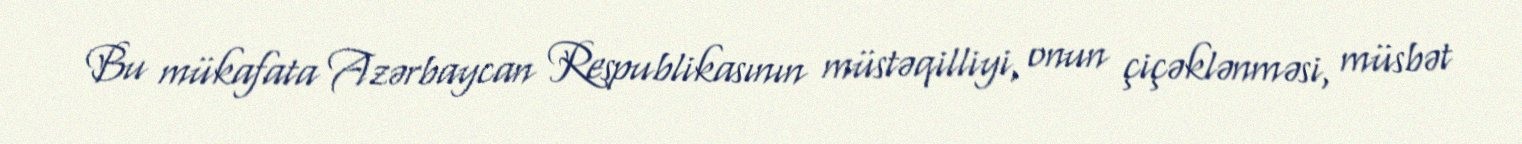
Bu mükafata Azərbaycan Respublikasının müstəqilliyi, onun çiçəklənməsi, müsbət